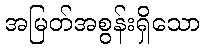
အမြတ်အစွန်းရှိသော